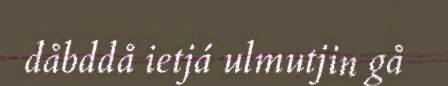
dåbddå ietjá ulmutjin gå